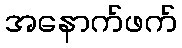
အနောက်ဖက်